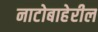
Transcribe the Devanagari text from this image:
नाटोबाहेरील